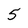
Character: 5